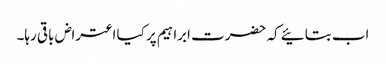
اب بتائیے کہ حضرت ابراہیم پر کیا اعتراض باقی رہا۔